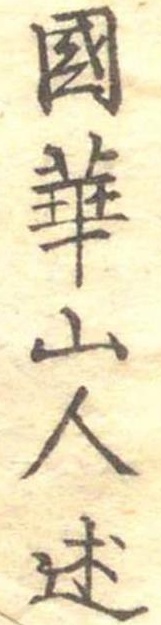
国華山人述